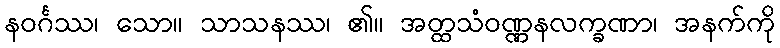
နဝင်္ဂဿ၊ သော။ သာသနဿ၊ ၏။ အတ္ထသံဝဏ္ဏနလက္ခဏာ၊ အနက်ကို